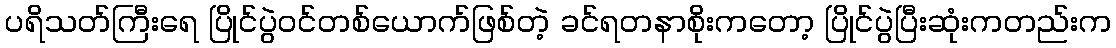
ပရိသတ်ကြီးရေ ပြိုင်ပွဲဝင်တစ်ယောက်ဖြစ်တဲ့ ခင်ရတနာစိုးကတော့ ပြိုင်ပွဲပြီးဆုံးကတည်းက